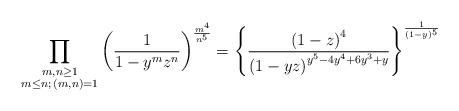
LaTeX: \begin{align*} \prod_{\substack{m,n \geq 1 \\ m \leq n ; \, (m,n)=1}} \left( \frac{1}{1- y^m z^n} \right)^{\frac{m^4 }{n^5}} = \left\{\frac{\left(1-z\right)^{4}}{\left(1-yz\right)^{y^5 - 4 y^4 + 6y^3 +y}}\right\}^{\frac{1}{(1-y)^5}} \end{align*}